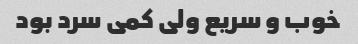
خوب و سریع ولی کمی سرد بود